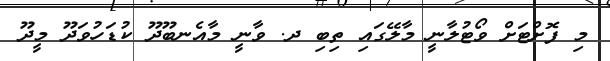
މި ފޮށްޓަށް ވޯޓުލާނީ މާލޭގައި ތިބި ދ. ވާނީ މާއެނބޫދޫ ކުޑަހުވަދޫ މީދޫ